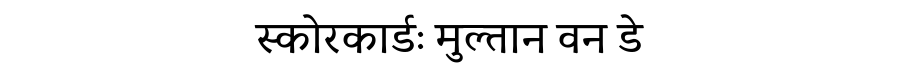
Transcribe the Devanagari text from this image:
स्कोरकार्डः मुल्तान वन डे